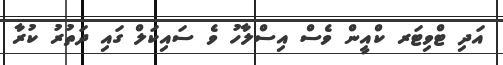
އަދި ޓްވިޓަރ ކްއީން ވެސް އިސްލާހު ވެ ސައިކަލް ގައި ދަތުރު ކުރާ